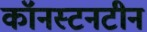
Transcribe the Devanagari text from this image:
कॉनस्टनटीन